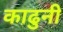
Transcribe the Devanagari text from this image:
काढुनी